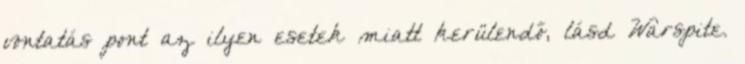
vontatás pont az ilyen esetek miatt kerülendő, lásd Warspite.